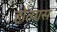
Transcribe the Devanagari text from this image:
होत्यास